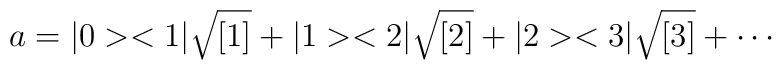
a = |0 ><1|\sqrt{[1]} +  |1 ><2|\sqrt{[2]} + |2 ><3|\sqrt{[3]} + \cdots